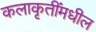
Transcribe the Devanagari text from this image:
कलाकृतींमधील